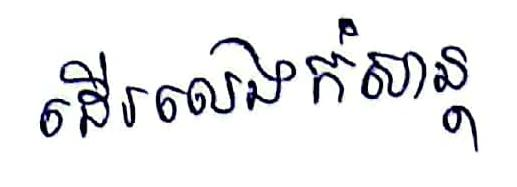
ដើរលេងកំសាន្ដ